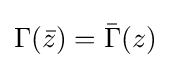
\Gamma ({\bar {z}})={\bar {\Gamma }}(z)